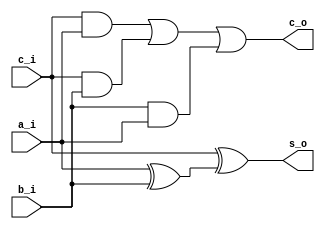
/*
	Grupo:			5CV3
	Proyecto:		Monociclo
	Archivo:			Fulladder.v
	Equipo:			Equipo 2
	Integrantes:	Alcaraz Cuevas Victor Hugo
						Montoya Morales Luis Antonio
						Navarrete Becerril Sharon Anette
						Quintana Romero Roberto
						Urdaneta Villalobos Paul Alejandro

	Descripcion:	Sumador completo de 1 bit
*/

module Fulladder(
	input	a_i,
	input b_i,
	input c_i,
	output c_o,
	output s_o
);

//XOR GATE
 wire axorb_w;
 assign axorb_w = a_i ^ b_i;
 
 //AND GATES
 wire canda_w;
 wire candb_w;
 wire banda_w;
 assign canda_w = c_i & a_i;
 assign candb_w = c_i & b_i;
 assign banda_w = b_i & a_i;
 
 //RESULTADO SE LA SUMA
 assign s_o = c_i ^ axorb_w;
 
 //ACARREO DE SALIDA
 assign c_o = canda_w | candb_w | banda_w;

endmodule